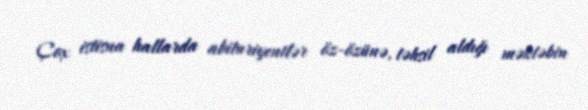
Çox istisna hallarda abituriyentlər öz-özünə, təhsil aldığı məktəbin